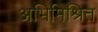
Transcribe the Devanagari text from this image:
अभिमिश्रित